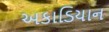
અકાડિયાન